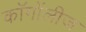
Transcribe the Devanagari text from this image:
कॉगोंलीज